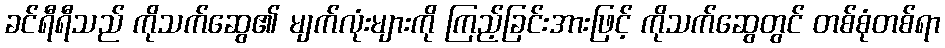
ခင်ရီရီသည် ကိုသက်ဆွေ၏ မျက်လုံးများကို ကြည့်ခြင်းအားဖြင့် ကိုသက်ဆွေတွင် တစ်စုံတစ်ရာ